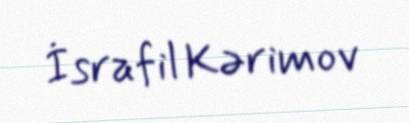
İsrafil Kərimov